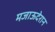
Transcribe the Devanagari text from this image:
मजाऊदेरान